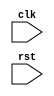
`timescale 1ns / 1ps
//////////////////////////////////////////////////////////////////////////////////
// Company: 
// Engineer: 
// 
// Design Name: 
// Module Name:    top 
// Project Name: 
// Target Devices: 
// Tool versions: 
// Description: 
//
// Dependencies: 
//
// Revision: 
// Revision 0.01 - File Created
// Additional Comments: 
//
//////////////////////////////////////////////////////////////////////////////////
module top(
input clk,rst
    );
reg [7:0]r[4:0];
always@(posedge clk or posedge rst)begin
  if(rst)begin
				r[4] <= 8'h08;
				r[3] <= 8'h10;
				r[2] <= 8'h13;
				r[1] <= 8'h45;
				r[0] <= 8'h01;
  end
  else if(r[4]<r[3])begin
					r[4]<=r[3];
					r[3]<=r[4];
  end
  else if(r[3]<r[2])begin
					r[3]<=r[2];
					r[2]<=r[3];
  end
  else if(r[2]<r[1])begin
					r[2]<=r[1];
					r[1]<=r[2];
  end
  else if(r[1]<r[0])begin
					r[0]<=r[1];
					r[1]<=r[0];
  
end
end
endmodule